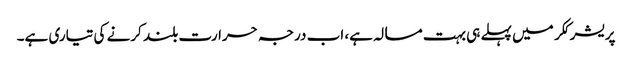
پریشر ککر میں پہلے ہی بہت مسالہ ہے، اب درجہ حرارت بلند کرنے کی تیاری ہے۔